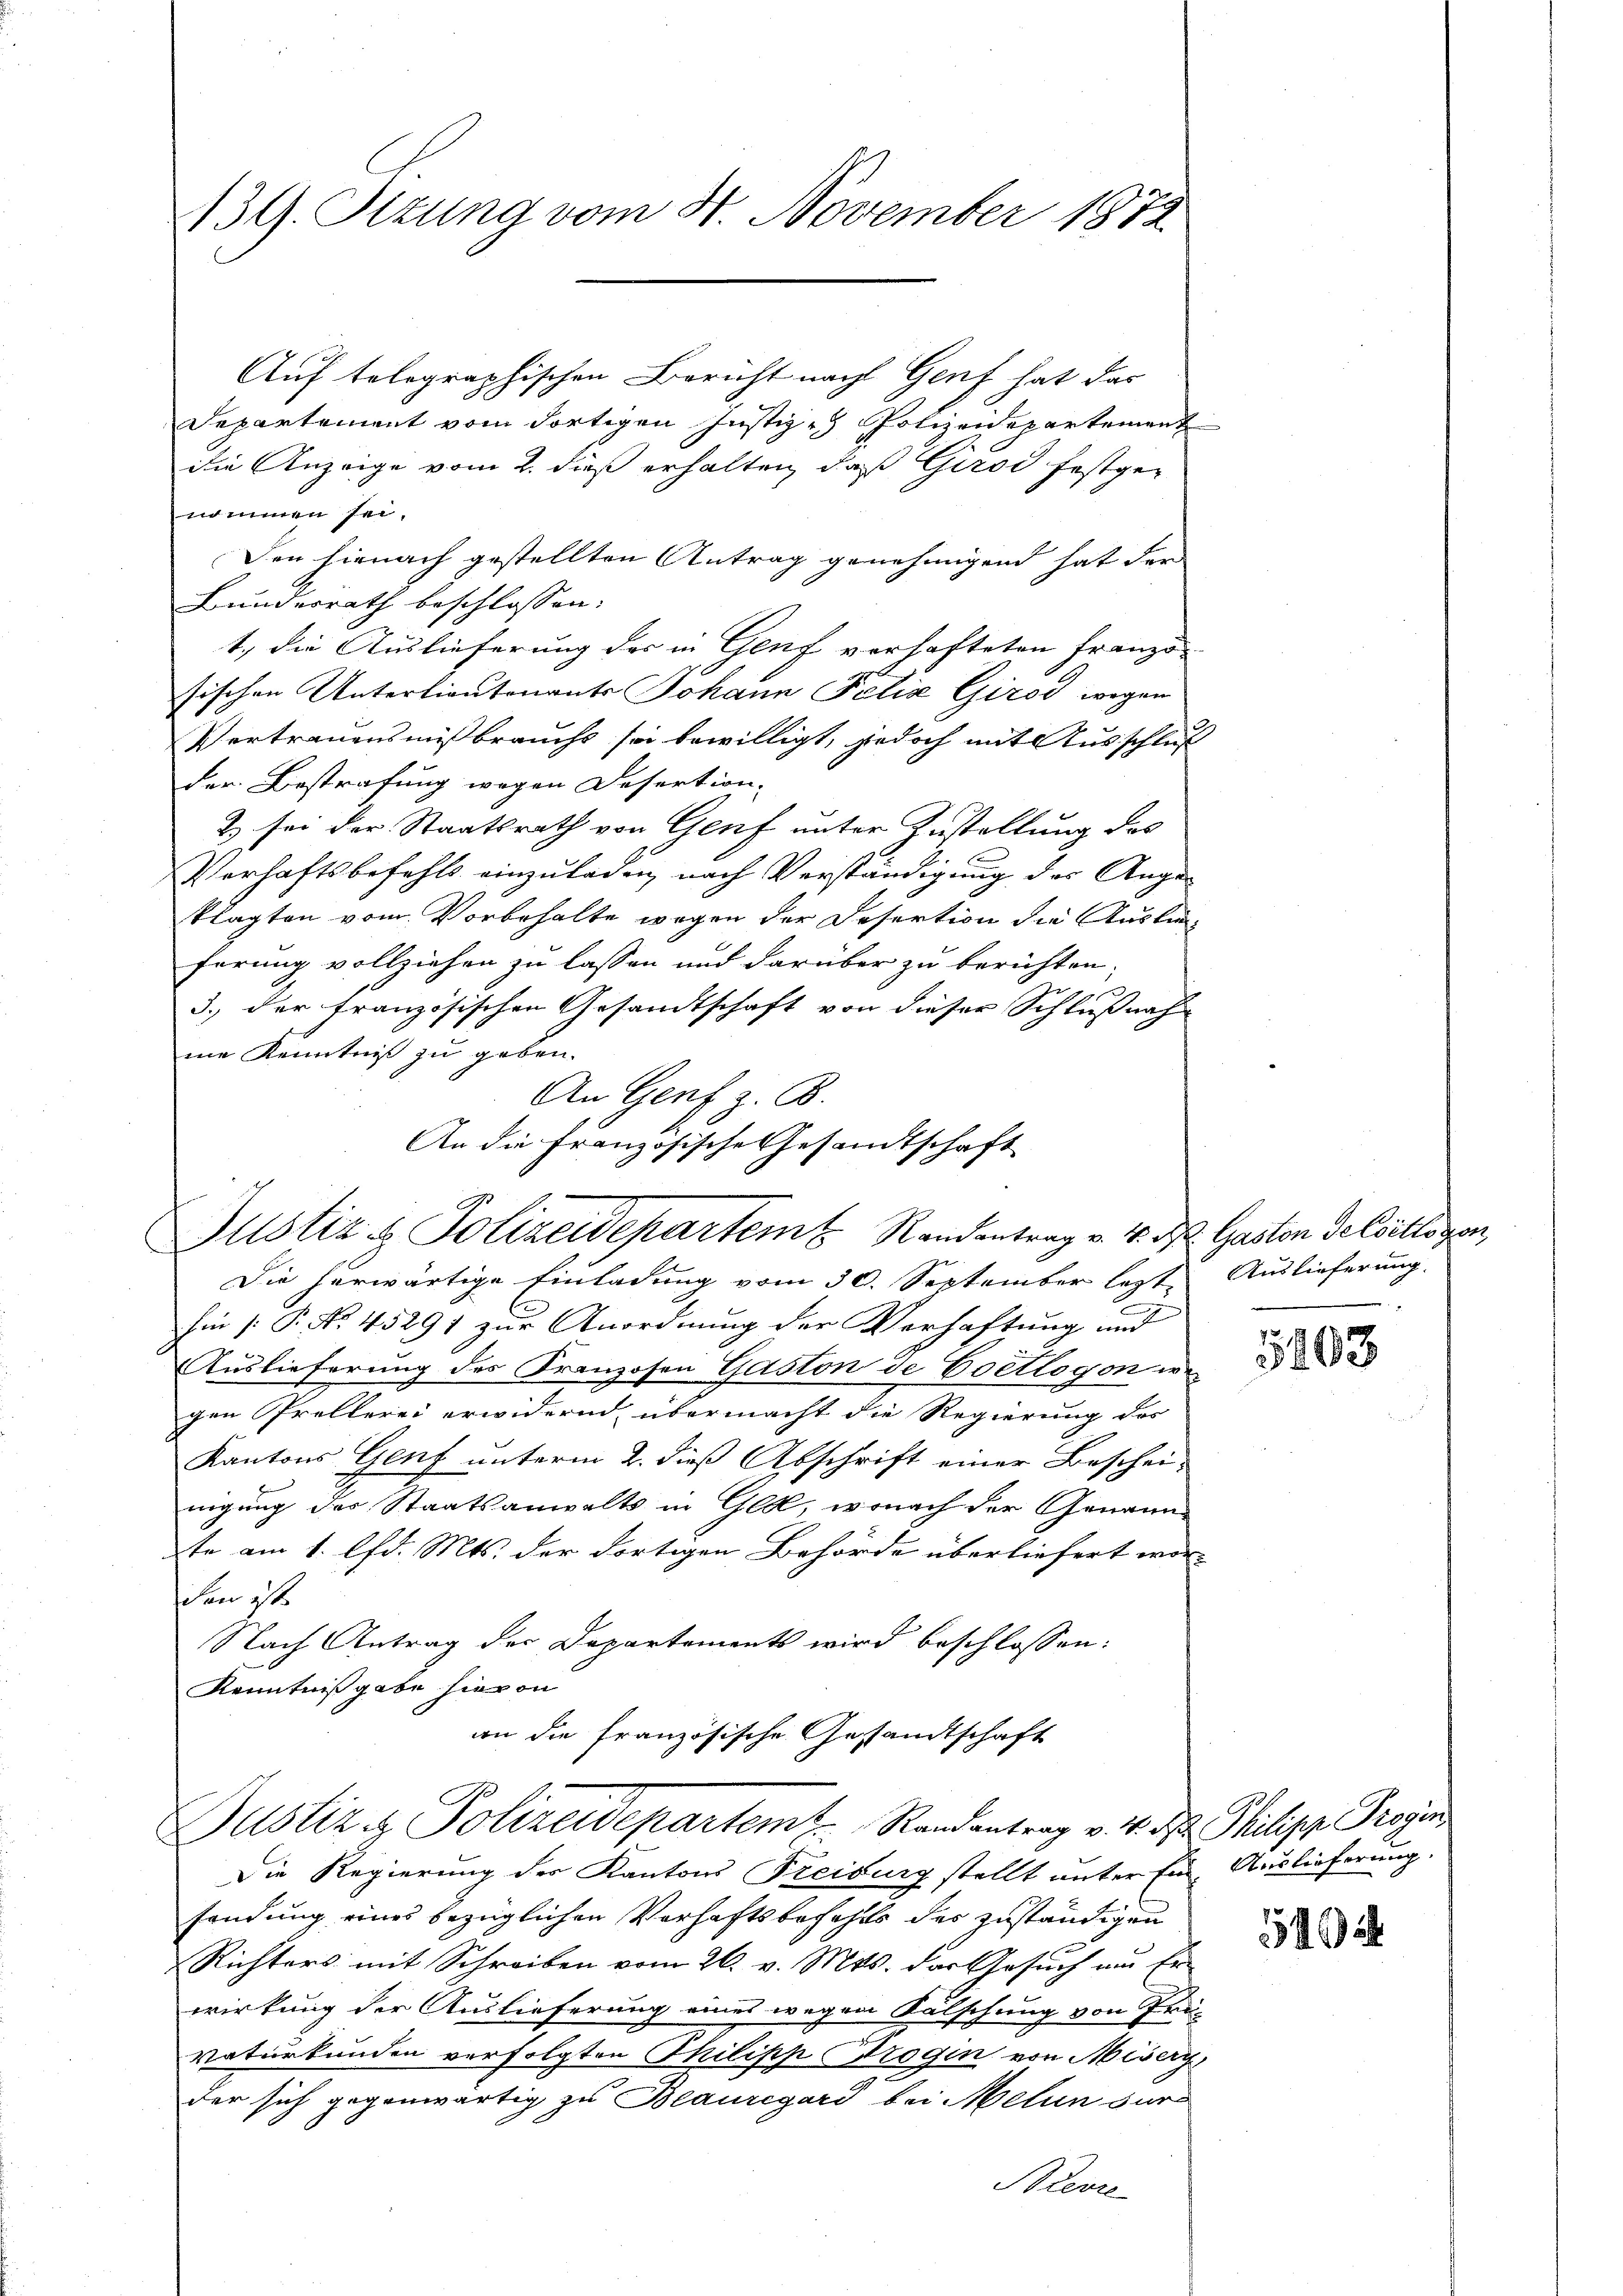
139. Sizung vom 4. November 1872

Auf telegraphischen Bericht nach Genf hat das
Departement vom dortigen Justiz- & Polizeidepartement
die Anzeige vom 2. dieß erhalten, daß Girod festgenommen sei.
Den hienach gestellten Antrag genehmigend hat der
Bundesrath beschlossen:
1.) die Auslieferung der in Genf verhafteten Franzö-
sischen Unterlieutenants Johann Felix Girod wegen
Vertrauensmißbrauchs sei bewilligt, jedoch mit Ausschluß
der Bestrafung wegen Desertion.
& sei der Staatsrath von Genf unter Zustellung des
Ei
Verhaftsbefehls einzuladen nach Verständigung des Ange-
klagten vom Vorbehalte wegen der Desertion die Auslieferung vollziehen zu lassen und darüber zu berichten.
n
3., der französischen Gesandtschaft von dieser Schlußnahme Kenntniß zu geben.
An Genf z. B.
An die Französische Gesandtschaft
G
Oltstiz & Polizeidepartem Randantrag v. 4. ds. Gaston Gesells von
Die herwärtige Einladung vom 30. September lezt
hin (: P. No. 45291 zur Anordnung der Verhaftung und
Auslieferung des Franzosen Gaston de Coetlogon we
gen Prellerei erwidernd, übermacht die Regierung des
Kantons Genf unterm 2. dieß Abschrift einer Beschei-
nigung des Staatsanwalts in Glol, wonach der Genannte am 1. d. Mts. der dortigen Behörde überliefert wor-
den ist
Nach Antrag der Departements wird beschlossen:
Kenntnißgabe hievon
an die französische Gesandtschaft
Justiz & Polizeidepartem Randantrag v. 4. d. Philipp Trogen
Die Regierung des Kantons Treiburg stellt unter für Auslieferung.
sendung eines bezüglichen Verhaftsbezahls der zuständigen
Richters mit Schreiben vom 26. v. Mts. das Gesuch am Er-
wirkung der Auslieferung eines wegen Kutschung von Frei-
vaturkunden verfolgten Philipp Brogin von Miseryder sich gegenwärtig zu Beauregard bei Melin der
Nieve

Auslieferung.

d

5408

52